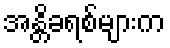
အန္တိခရစ်များက